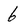
Character: 6